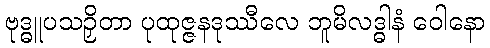
ဗုဒ္ဓူပသဉှိတာ ပုထုဇ္ဇနဒုဿီလေ ဘူမိလဒ္ဓါနံ ဝေါနော